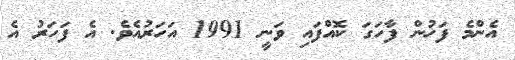
އެންމެ ފަހުން ފާހަގަ ކޮއްފައި ވަނީ 1991 އަހަރުއެވެ. އެ ފަހަރު އެ